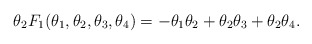
\begin{align*}\theta_2 F_{1}(\theta_1, \theta_2, \theta_3, \theta_4) =-\theta_1 \theta_2 + \theta_2 \theta_3 + \theta_2 \theta_4.\end{align*}